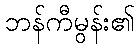
ဘန်ကီမွန်း၏